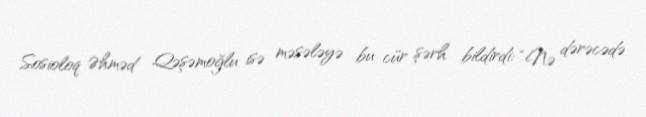
Sosioloq Əhməd Qəşəmoğlu isə məsələyə bu cür şərh bildirdi: “Nə dərəcədə